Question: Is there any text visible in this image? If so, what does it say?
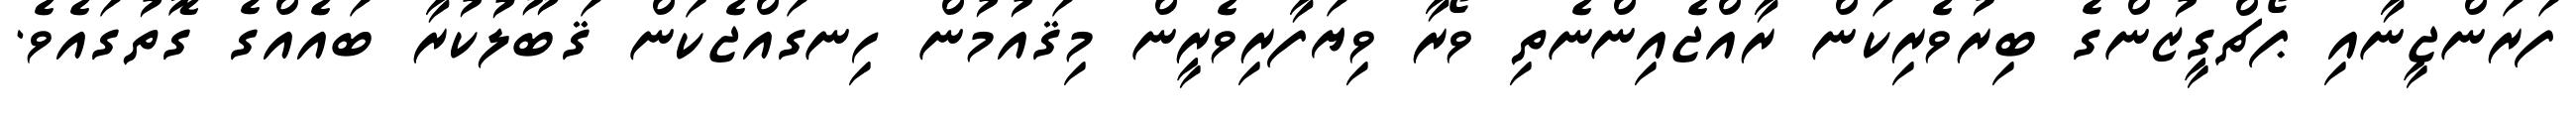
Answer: ފަރަންޖީނާއި ޕޯޗްގީޒުންގެ ބިރުވެރިކަން ރާއްޖެއިންނެތި ވޯރާ ވިޔަފާރިވެރީން މިޤައުމުން ހިނގައްޖެކަން ޤަބޫލުކުރާ ބައެއްގެ ގޮތުގައެވެ.